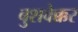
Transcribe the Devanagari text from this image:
बुशवेक्कर